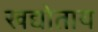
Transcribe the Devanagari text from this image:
खद्योताय